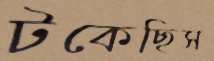
টকেছিস